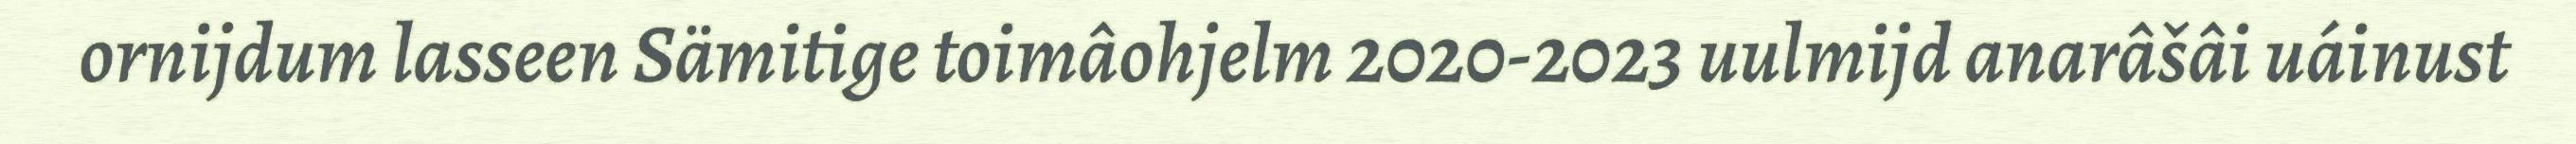
ornijdum lasseen Sämitige toimâohjelm 2020-2023 uulmijd anarâšâi uáinust